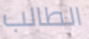
الطالب